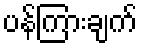
ပန်ကြားချက်